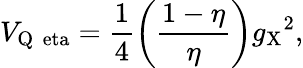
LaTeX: V_{\mathrm{Q\, \ eta}}=\frac{1}{4}\left(\frac{1-\eta}{\eta}\right){g_{\mathrm{X}}}^{2},